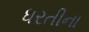
ધરતીના